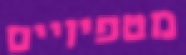
מטפיזיים